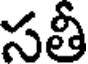
సతీ